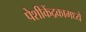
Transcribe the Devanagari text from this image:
पेशीकेंद्रकामध्ये